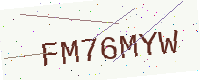
Text: FM76MYW